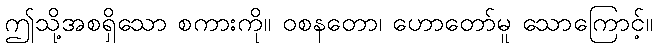
ဤသို့အစရှိသော စကားကို။ ဝစနတော၊ ဟောတော်မူ သောကြောင့်။